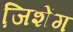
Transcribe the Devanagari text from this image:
जि़शेंग